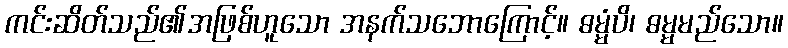
ကင်းဆိတ်သည်၏အဖြစ်ဟူသော အနက်သဘောကြောင့်။ ဓမ္မံပိ၊ ဓမ္မမည်သော။